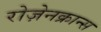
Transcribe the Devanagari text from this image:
रोज़ेनक्रान्स